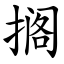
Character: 搁